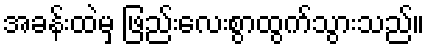
အခန်းထဲမှ ဖြည်းလေးစွာထွက်သွားသည်။